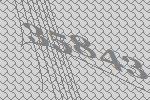
35843